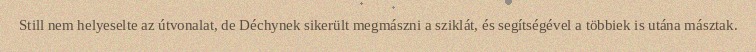
Still nem helyeselte az útvonalat, de Déchynek sikerült megmászni a sziklát, és segítségével a többiek is utána másztak.